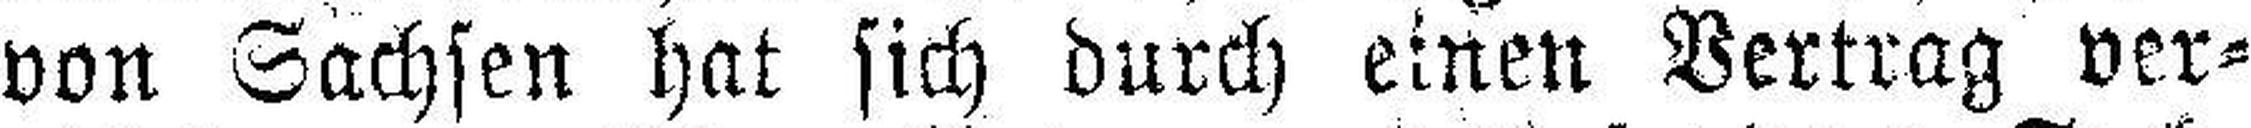
von Sachsen hat sich durch einen Vertrag ver¬